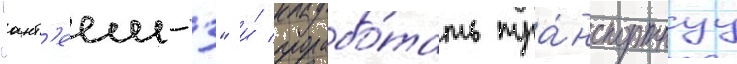
"ант'еем-3" и́ прорабо́тать тра́нспортнуу